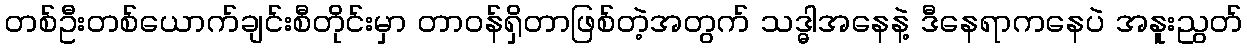
တစ်ဦးတစ်ယောက်ချင်းစီတိုင်းမှာ တာဝန်ရှိတာဖြစ်တဲ့အတွက် သဒ္ဓါအနေနဲ့ ဒီနေရာကနေပဲ အနူးညွတ်